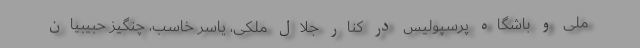
ملی و باشگاه پرسپولیس در کنار جلال ملکی، یاسر خاسب، چنگیز حبیبیان